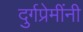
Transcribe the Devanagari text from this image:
दुर्गप्रेमींनी